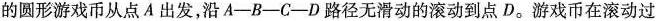
的圆形游戏币从点A出发，沿A—B—C—D路径无滑动的滚动到点D。游戏币在滚动过